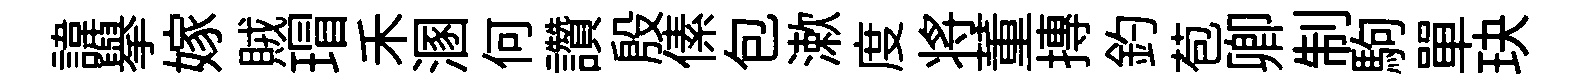
諱舉嫁賊瑁禾溷何讚殷傃包漱度将董摶釣苞卿制駒單玦